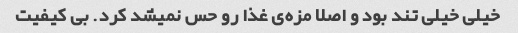
خیلی خیلی تند بود و اصلا مزه‌ی غذا رو حس نمیشد کرد. بی کیفیت